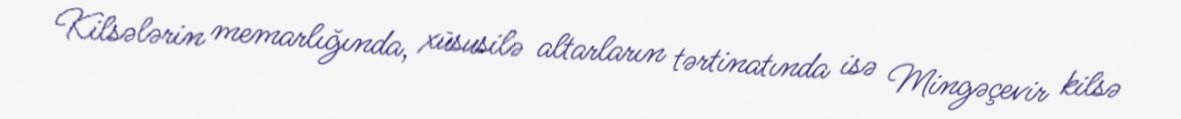
Kilsələrin memarlığında, xüsusilə altarların tərtinatında isə Mingəçevir kilsə